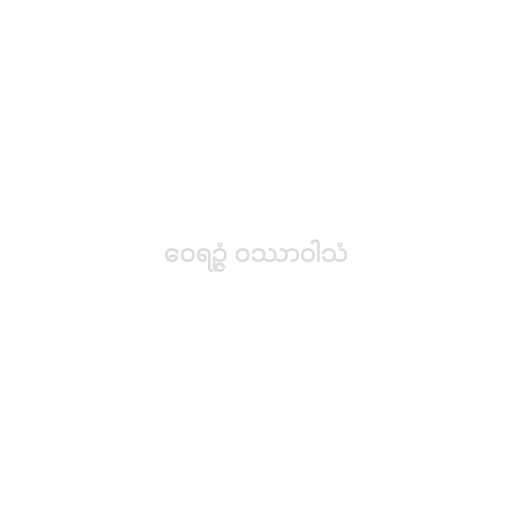
ဝေရဉ္ဇံ ဝဿာဝါသံ